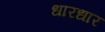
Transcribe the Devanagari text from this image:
धारधार